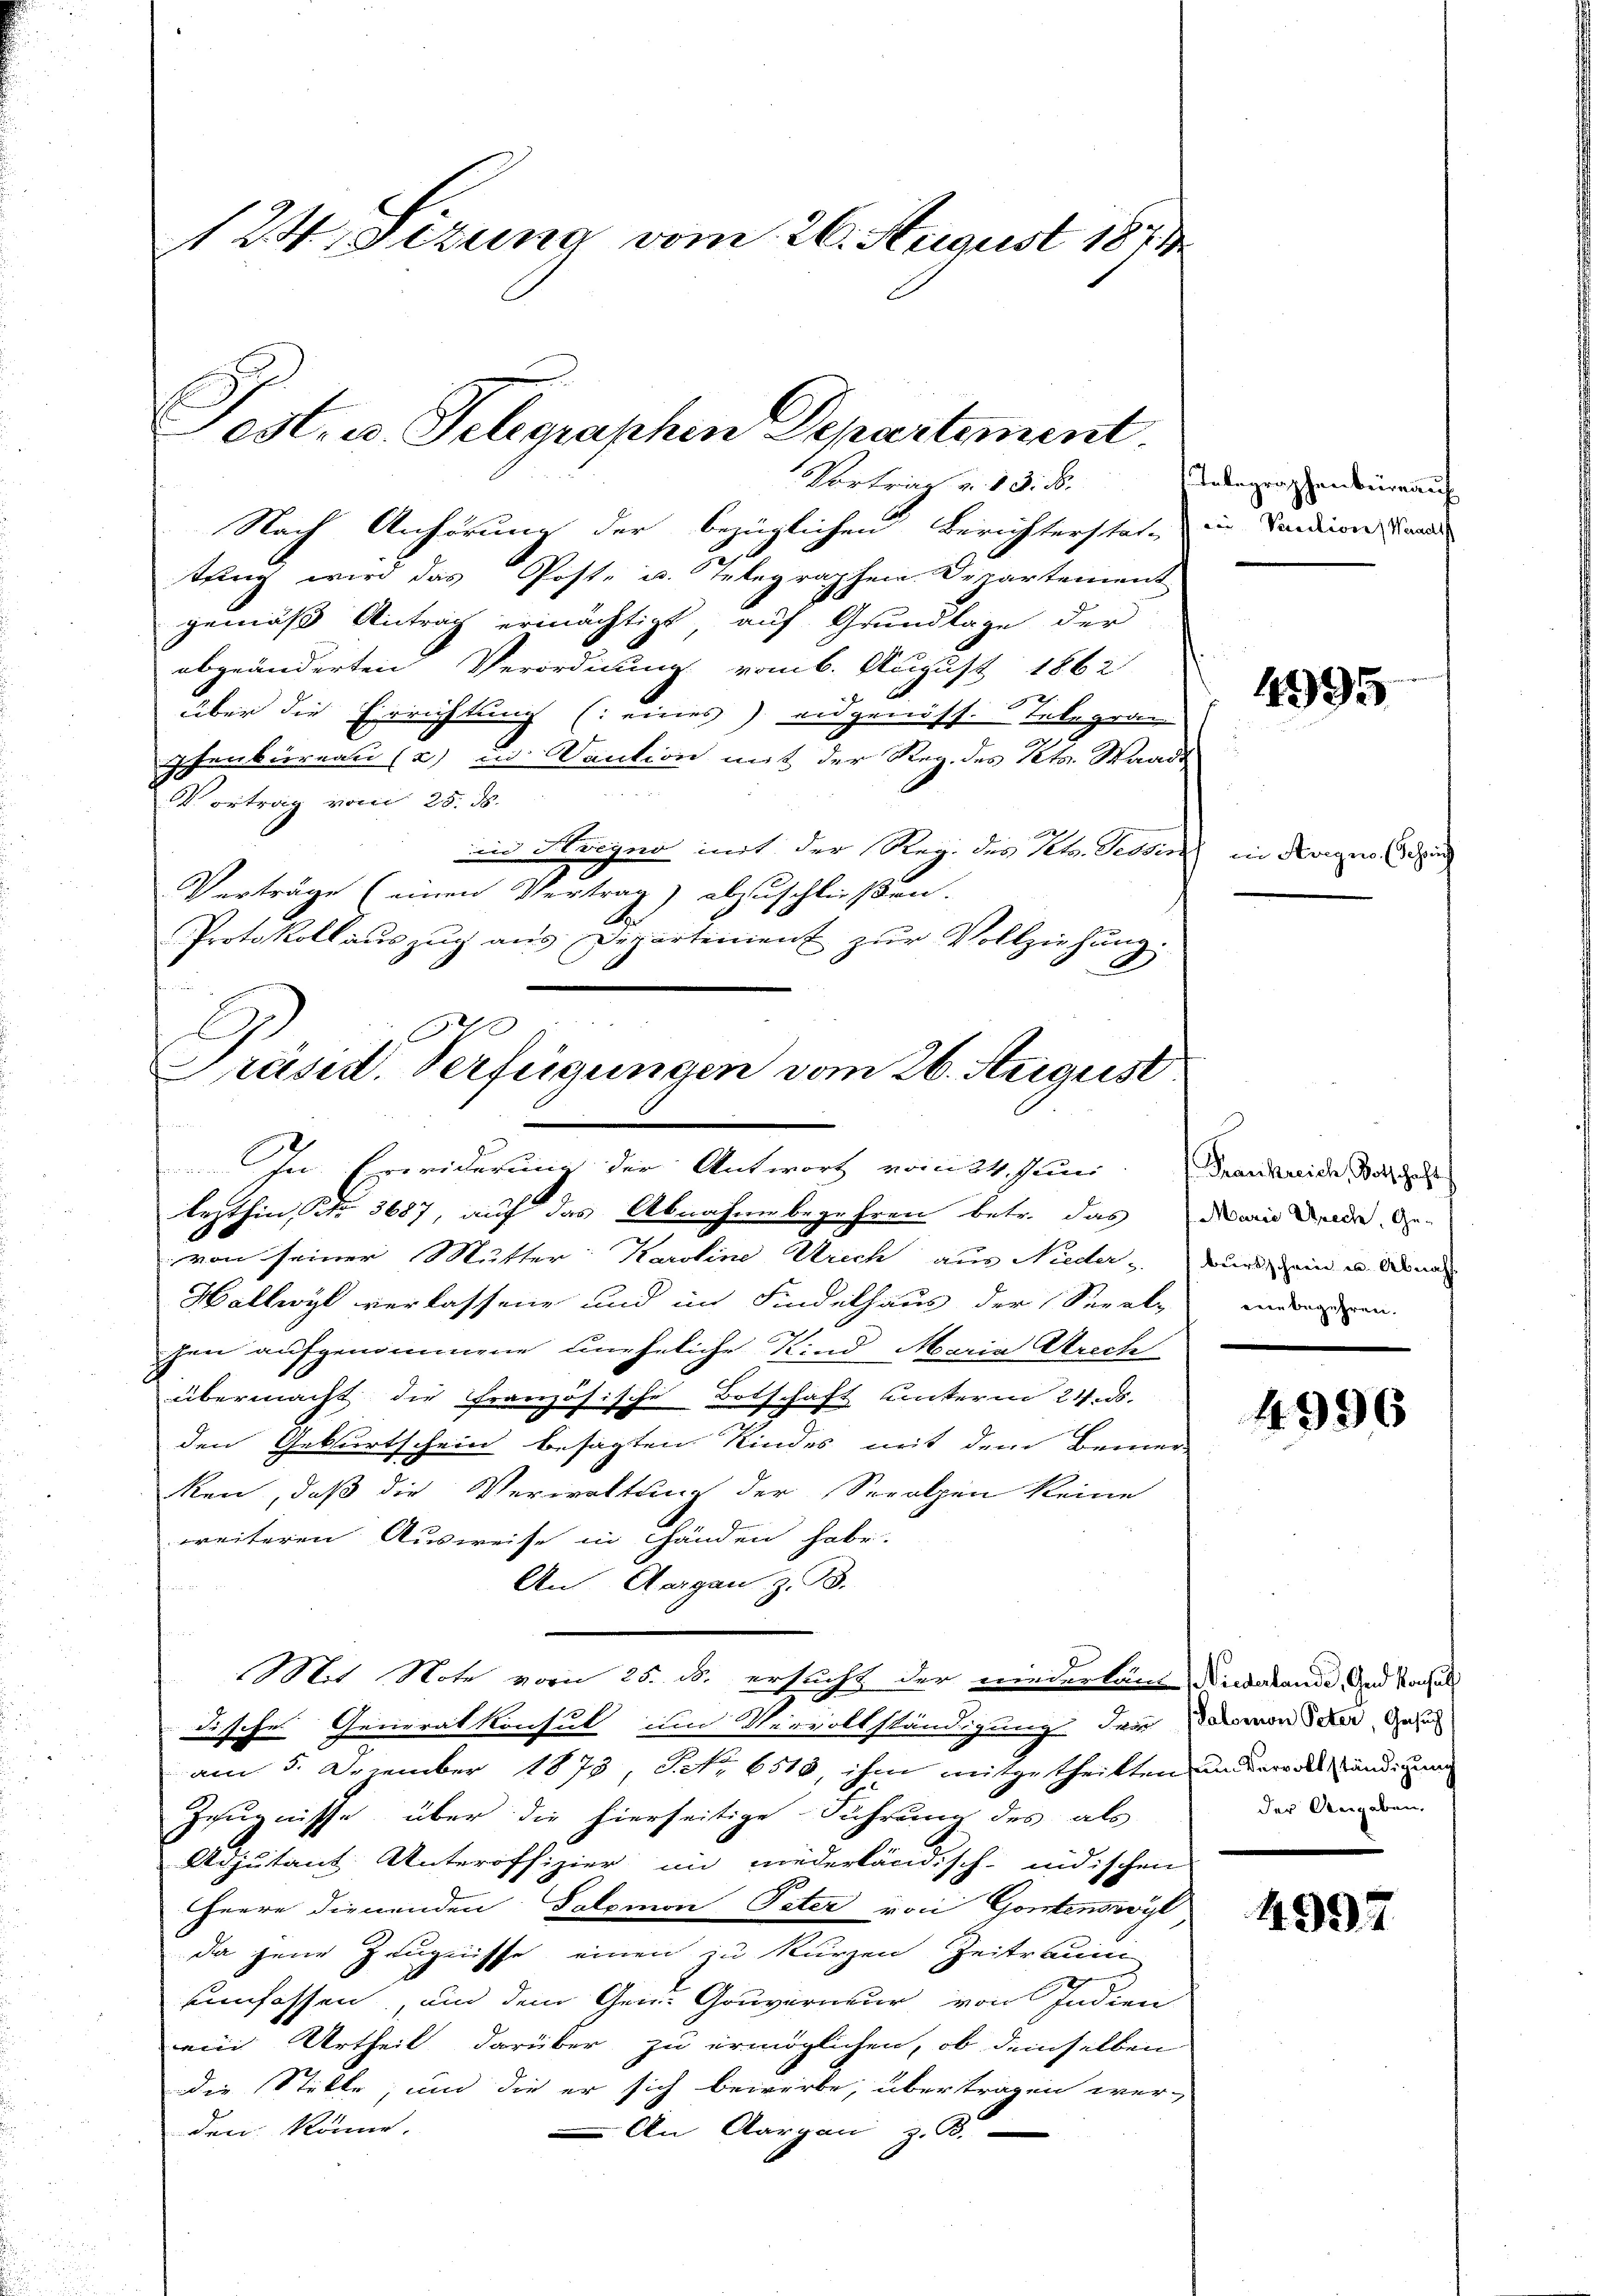
Nach Anhörung der bezüglichen Berichterstate in Sandien and
tung wird das Post- u. Telegraphen Departement
gemäß Antrag ermächtigt, auf Grundlage der
abgeänderten Verordnung vom 6. August 1862
über die Errichtung (eines eidgenöss. Telegran
pfenbüreau (2) u. Vaution mit der Reg. des Kts. Waadt
Vortrag vom 25. ds.
in Kreyno mit der Reg. des Pets. Tessin in drige
Verträge (einen Vertrag) abzuschließen.
Protokoll aŭszŭg aŭs Departement zŭr Vollziehung.

124. Sizung vom 26. August 1871
Post. u. Telegraphen Departement

2
Präsid. Verfügungen vom 26. August
In Erwiderung der Antwort vom 24. Juni. Transmide Dire
lezthin, No. 3687, auf das Abnahme begehren betr. das darin werde de
von seiner Mutter: Karoline Urich aus Nieder Bund ein u Anna

Vortrag u. 13. ds.

Hallwyl verlassene und im Findelhaus der Seeal-
hen aufgenommene uneheliche Kind Maria Strech
übermacht die französische Botschaft unterm 24. ds.

den Geburtschein besagten Kindes mit dem Bemer-
ken, daß die Verwaltung der Sprolpen keine
weiteren Ausweise in Handen habe.

An Aargau, z. B.
Mit Note vom 25. d. ersucht der niederlang Dictabande und Nachals
disches Generalkonsul im Vervollständigung der Darmonderer Gese
am 5. Dezember 1873, S. Nr. 6513, ihm mitgetheilten unvordes anden
Zeugnisse über die hierseitige Führung des als
Adjutant Unteroffizier in niederländisch-indischen
Heere dienenden Salomon Pater von Gontenswyl
da jene Zeugnisse einen zu kurzen Zeitraum
unfassen, um dem Gen. Gouverneur von Indien
ein Urtheil darüber zu ermöglichen, ob demselben
die Stille, und die er sich bewerbe, übertragen wer-
den könne.
An Aargau, z. B.

Telegraphenbüreau

4995

(Schre

eine begehren.

4996

der Angaben,

4997